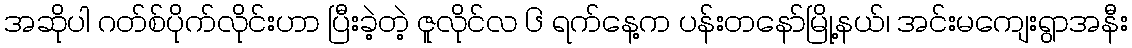
အဆိုပါ ဂတ်စ်ပိုက်လိုင်းဟာ ပြီးခဲ့တဲ့ ဇူလိုင်လ ၆ ရက်နေ့က ပန်းတနော်မြို့နယ်၊ အင်းမကျေးရွာအနီး